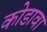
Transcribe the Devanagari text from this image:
कोडावा